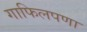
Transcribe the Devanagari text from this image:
गाफिलपणा